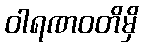
ဝါရဏဝတိမှိ